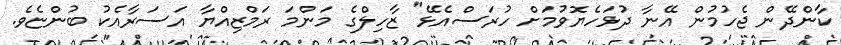
ކާންދޭން ޖެހުމުން އޭނާ ދުޅަހެޔޮވުމަށް ހުރަސްއެޅޭ" ޒާހިލްގެ މަންމަ ރަމްޒިއްޔާ އަސަރާއެކު ބުންޏެވެ.